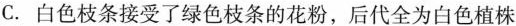
C.白色枝条接受了绿色枝条的花粉，后代全为白色植株